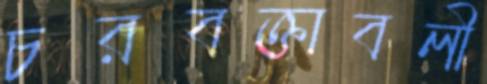
চরবক্তাবলী